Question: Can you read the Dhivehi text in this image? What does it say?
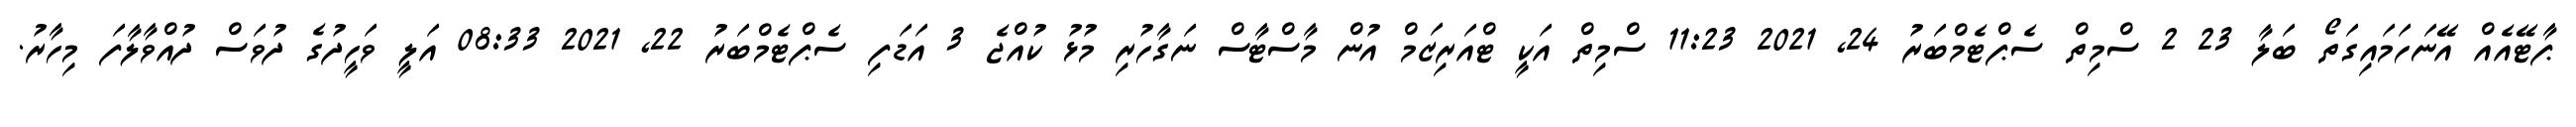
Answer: ޕާޓޭއެއް އޭނަހަމައިގަތޯ ބަލާ 23 2 ސްމިތް ސެޕްޓެމްބަރު 24, 2021 11:23 ސްމިތް އަކީ ޓްއަރިޒަމް އުން މާސްޓާސް ނަގާހުރި މުޅު ކުއްޖެ 3 އަޑަފި ސެޕްޓެމްބަރު 22, 2021 08:33 އަލީ ވަހީދުގެ ދުވަސް ދުއްވާލާފަ މިހާރު.